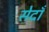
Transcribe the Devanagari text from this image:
सेदाँ